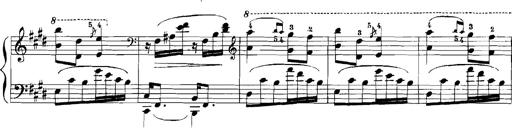
Title: Rhapsodies hongroises
Composer: Franz Liszt